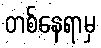
တစ်နေရာမှ